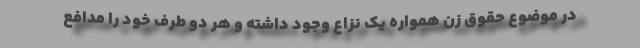
در موضوع حقوق زن همواره یک نزاع وجود داشته و هر دو طرف خود را مدافع